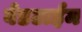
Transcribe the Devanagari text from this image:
बेडटाईम